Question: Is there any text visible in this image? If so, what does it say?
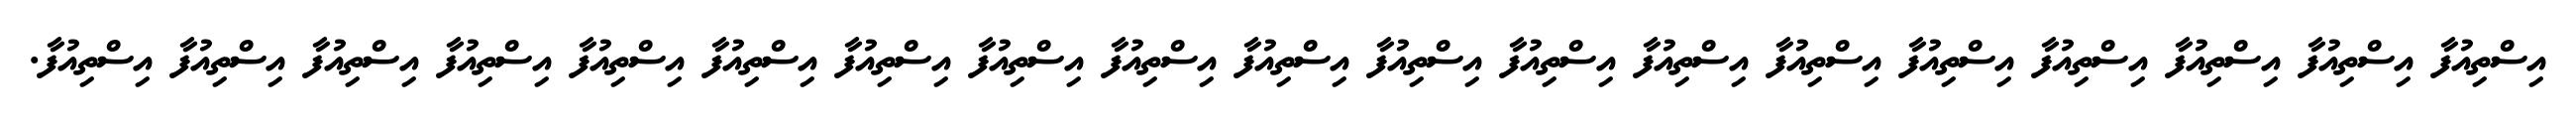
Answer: އިސްތިއުފާ އިސްތިއުފާ އިސްތިއުފާ އިސްތިއުފާ އިސްތިއުފާ އިސްތިއުފާ އިސްތިއުފާ އިސްތިއުފާ އިސްތިއުފާ އިސްތިއުފާ އިސްތިއުފާ އިސްތިއުފާ އިސްތިއުފާ އިސްތިއުފާ އިސްތިއުފާ އިސްތިއުފާ އިސްތިއުފާ އިސްތިއުފާ އިސްތިއުފާ.